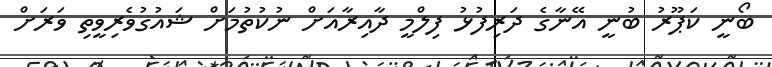
ބޯނީ ކަޕޫރު ބުނީ އޭނާގެ ދަރިފުޅު ފިލްމީ ދާއިރާއަށް ނުކުތުމަށް ޝައުގުވެރިވީތި ވަރަށް